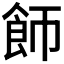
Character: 𬲌